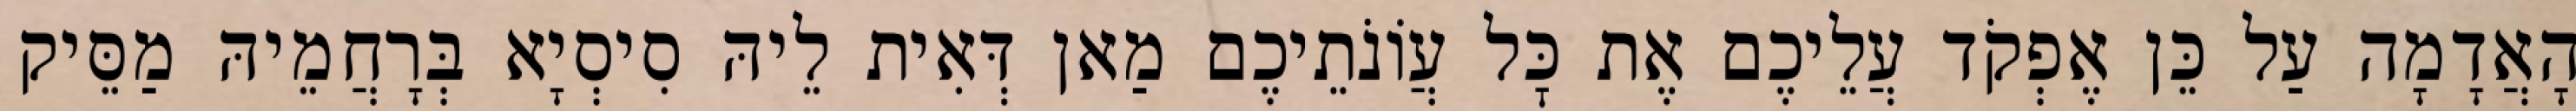
הָאֲדָמָה עַל כֵּן אֶפְקֹד עֲלֵיכֶם אֶת כׇּל עֲוֹנֹתֵיכֶם מַאן דְּאִית לֵיהּ סִיסְיָא בְּרָחֲמֵיהּ מַסֵּיק